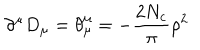
\partial ^ { \mu } D _ { \mu } = \theta _ { \mu } ^ { \mu } = - \frac { 2 N _ { c } } { \pi } \rho ^ { 2 }